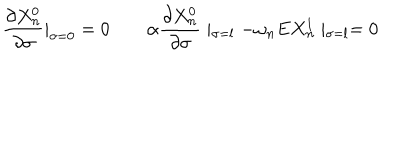
LaTeX: \frac { \partial X _ { n } ^ { 0 } } { \partial \sigma } | _ { \sigma = 0 } = 0 \quad \quad \alpha \frac { \partial X _ { n } ^ { 0 } } { \partial \sigma } \mid _ { \sigma = l } - \omega _ { n } E X _ { n } ^ { 1 } \mid _ { \sigma = l } = 0